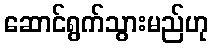
ဆောင်ရွက်သွားမည်ဟု